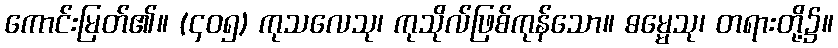
ကောင်းမြတ်၏။ (၄၀၅) ကုသလေသု၊ ကုသိုလ်ဖြစ်ကုန်သော။ ဓမ္မေသု၊ တရားတို့၌။